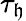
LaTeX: \tau_{\mathfrak{h}}